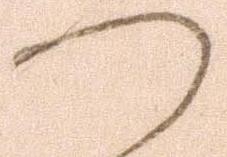
つ